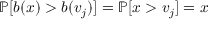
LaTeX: \mathbb { P } [ b ( x ) > b ( v _ { j } ) ] = \mathbb { P } [ x > v _ { j } ] = x